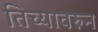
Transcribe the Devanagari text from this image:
तिच्यावरुन